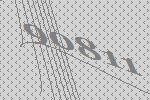
90811